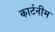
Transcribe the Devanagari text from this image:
कार्टनीम